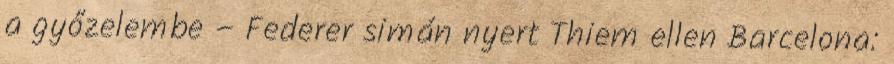
a győzelembe – Federer simán nyert Thiem ellen Barcelona: